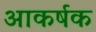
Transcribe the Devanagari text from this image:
आकर्षक